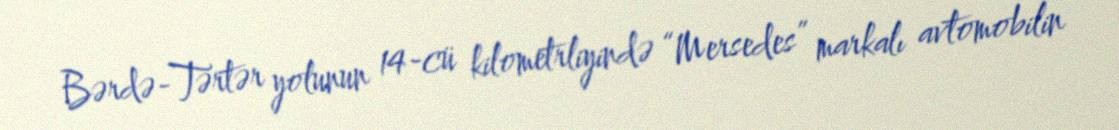
Bərdə-Tərtər yolunun 14-cü kilometrliyində “Mersedes” markalı avtomobilin